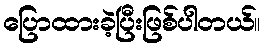
ပြောထားခဲ့ပြီးဖြစ်ပါတယ်။